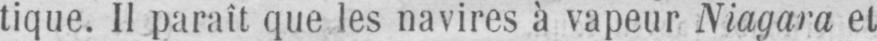
tique. Il paraît que les navires à vapeur Niagara et